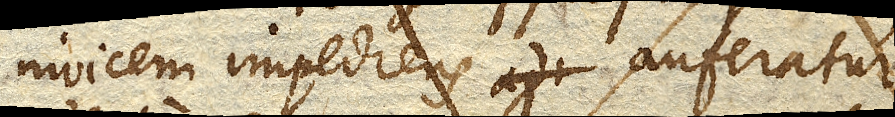
invicem impediens auferatur,